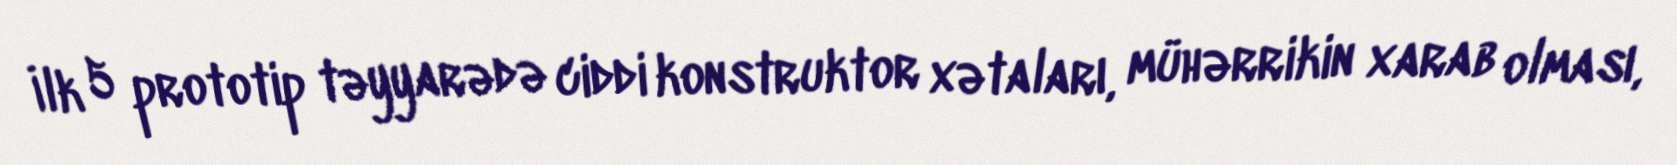
İlk 5 prototip təyyarədə ciddi konstruktor xətaları, mühərrikin xarab olması,